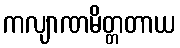
ကလျာဏမိတ္တတာယ